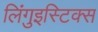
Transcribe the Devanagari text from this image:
लिंगुइस्टिक्स